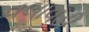
વલાવડી